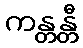
ကန္တန္တီ